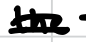
Text: the
Cross-out: double-line
Writing tool: digital_black